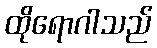
ထိုရောဂါသည်